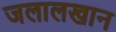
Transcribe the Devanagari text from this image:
जलालखान